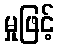
မှုဖြင့်